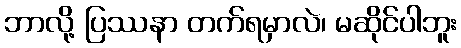
ဘာလို့ ပြဿနာ တက်ရမှာလဲ၊ မဆိုင်ပါဘူး